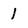
Character: 1